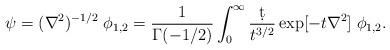
LaTeX: \begin{align*}\psi = (\nabla^2)^{-1/2} \; \phi_{1,2} = {1\over\Gamma(-1/2)} \int_0^\infty {\d t\over t^{3/2}} \exp[-t \nabla^2] \; \phi_{1,2}.\end{align*}